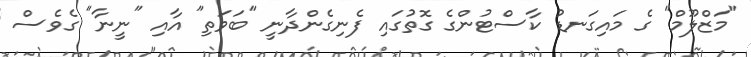
"މަޒްލޫމް" ގެ މައިގަނޑު ކާސްޓުންގެ ގޮތުގައި ފެނިގެންދާނީ "ބަވަތި" އާއި "ނީނާ" ގެވެސް